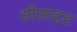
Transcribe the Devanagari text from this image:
सीसाइड